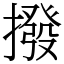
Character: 撥